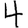
Digit: 4